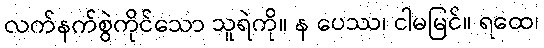
လက်နက်စွဲကိုင်သော သူရဲကို။ န ပေဿ၊ ငါမမြင်။ ရထေ၊